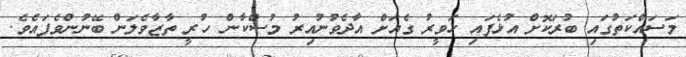
މަސައްކަތުގައި ބުރަކޮށް އުޅެފައި ހަވީރު ގެއަށް އާދެވުނުއިރު މުސްކާން ހުރީ ތާޒާވެލަން ބޭނުންވެފައެވެ.